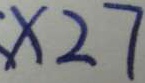
\times 2 7